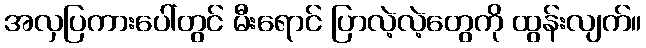
အလှပြကားပေါ်တွင် မီးရောင် ပြာလဲ့လဲ့တွေကို ထွန်းလျက်။